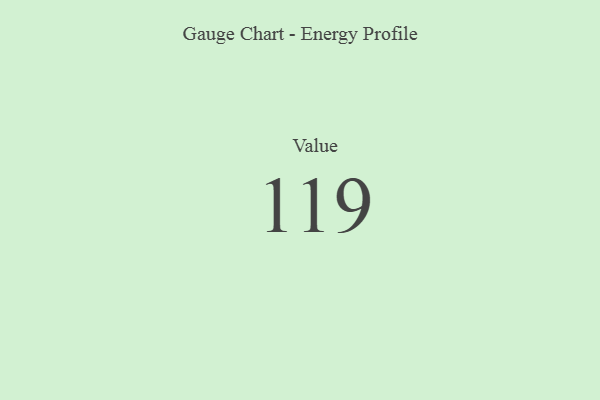
{"axis": {"x": "Metric", "y": "Value"}, "legend": [""], "data": [{"x": "Value", "y": 119, "type": ""}]}